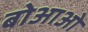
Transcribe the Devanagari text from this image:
बोआओ